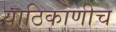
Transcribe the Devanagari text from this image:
याठिकाणीच